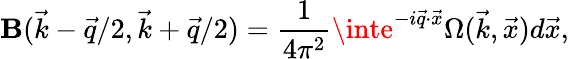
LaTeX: \mathbf{B}(\vec{{k}}-\vec{{q}}/2,\vec{{k}}+\vec{{q}}/2)=\frac{{1}}{{4\pi^{2}}}\inte^{-i\vec{{q}}\cdot\vec{{x}}}\Omega(\vec{{k}},\vec{{x}})d\vec{{x}},